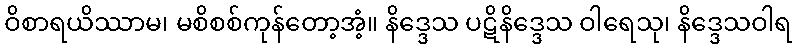
ဝိစာရယိဿာမ၊ မစိစစ်ကုန်တော့အံ့။ နိဒ္ဒေသ ပဋိနိဒ္ဒေသ ဝါရေသု၊ နိဒ္ဒေသဝါရ